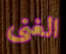
الغنى